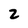
Character: 2